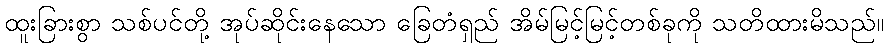
ထူးခြားစွာ သစ်ပင်တို့ အုပ်ဆိုင်းနေသော ခြေတံရှည် အိမ်မြင့်မြင့်တစ်ခုကို သတိထားမိသည်။